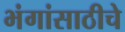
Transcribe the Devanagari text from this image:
भंगांसाठीचे